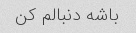
باشه دنبالم کن